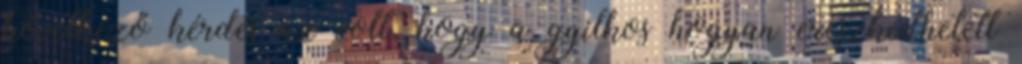
következő kérdés az volt, hogy a gyilkos hogyan ereszkedhetett